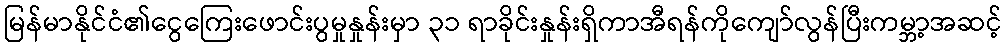
မြန်မာနိုင်ငံ၏ငွေကြေးဖောင်းပွမှုနှုန်းမှာ ၃၁ ရာခိုင်းနှုန်းရှိကာအီရန်ကိုကျော်လွန်ပြီးကမ္ဘာ့အဆင့်